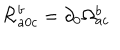
{ \cal R } _ { a 0 c } ^ { b } = \partial _ { 0 } \Omega _ { a c } ^ { b }